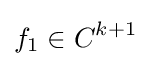
f_{1}\in C^{k+1}